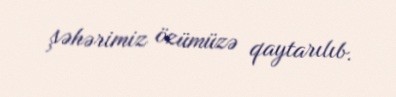
şəhərimiz özümüzə qaytarılıb.